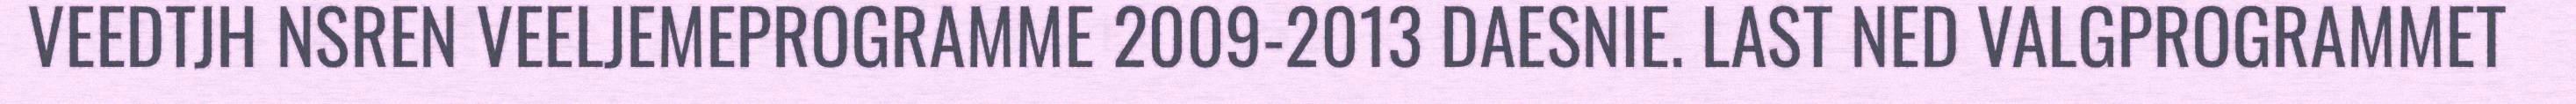
VEEDTJH NSREN VEELJEMEPROGRAMME 2009-2013 DAESNIE. LAST NED VALGPROGRAMMET